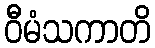
ဝီမံသကာတိ